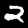
Label: 2